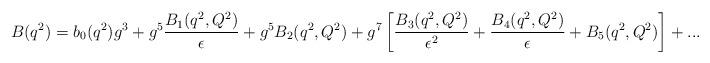
LaTeX: \begin{align*}B(q^2)=b_0(q^2)g^3+g^5{B_1(q^2,Q^2)\over \epsilon}+g^5B_2(q^2,Q^2)+g^7\left[{B_3(q^2,Q^2) \over \epsilon^2}+{B_4(q^2,Q^2)\over \epsilon}+B_5(q^2,Q^2)\right]+...\end{align*}